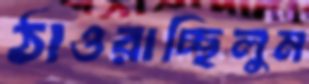
ঠাওরাচ্ছিলুম